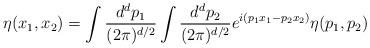
LaTeX: \begin{align*}\eta (x_{1},x_{2})=\int {d^{d}p_{1}\over (2\pi )^{d/2}}\int {d^{d}p_{2}\over (2\pi )^{d/2}}e^{i(p_{1}x_{1}-p_{2}x_{2})}\eta (p_{1},p_{2})\end{align*}